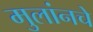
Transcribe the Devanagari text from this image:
मुलांनचे